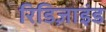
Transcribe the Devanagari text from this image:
रिडिज़ाइंड